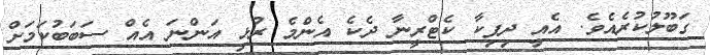
ގަބޫލުކުރެއެވެ. އެއީ ދިޕިކާ ކެޓްރީނާ ދެކެ އެންމެ ރުޅި އަންނަ އެއް ސަބަބުކަމަށް